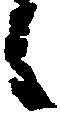
候